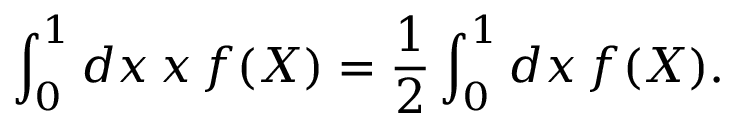
\int _ { 0 } ^ { 1 } d x \, x \, f ( X ) = \frac { 1 } { 2 } \int _ { 0 } ^ { 1 } d x \, f ( X ) .